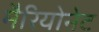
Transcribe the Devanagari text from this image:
मैरियोनेट